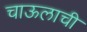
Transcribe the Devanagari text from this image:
चाऊलाची